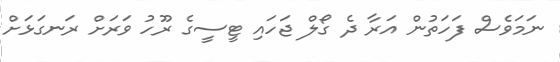
ނަމަވެސް ފަހަތުން އަރާ ދެ ގޯލް ޖަހައި ޓީސީގެ ރޫހު ވަރަށް ރަނގަޅަށް